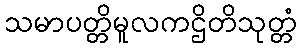
သမာပတ္တိမူလကဌိတိသုတ္တံ